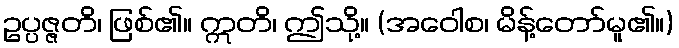
ဥပ္ပဇ္ဇတိ၊ ဖြစ်၏။ ဣတိ၊ ဤသို့။ (အဝေါစ၊ မိန့်တော်မူ၏။)